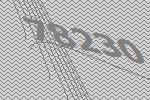
78230